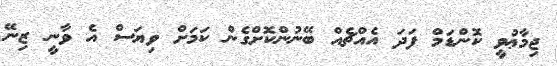
ޖިމާޢުވީ ކޮންޑަމް ފަދަ އެއްޗެއް ބޭނުންކޮށްގެން ކަމަށް ވިޔަސް އެ ވާނީ ޒިނޭ